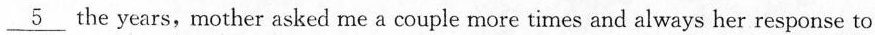
\underline{5} the years,mother asked me a ccuple more times and always her response to